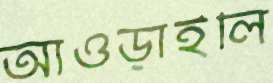
আওড়াইলি